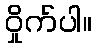
ဝှိုက်ပါ။